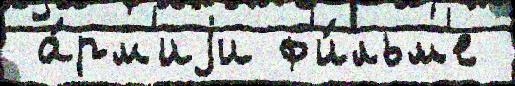
 а́рм'иjи ф'и́льм'е